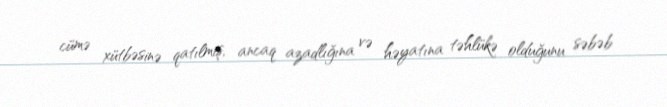
cümə xütbəsinə qatılmış, ancaq azadlığına və həyatına təhlükə olduğunu səbəb